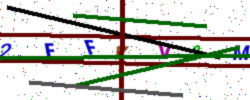
Text: 2FFVV9M